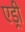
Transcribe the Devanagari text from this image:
एड्री